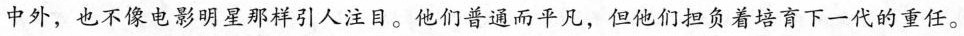
中外，也不像电影明星那样引人注目。他们普通而平凡，但他们担负着培育下一代的重任。